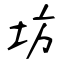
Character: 坊